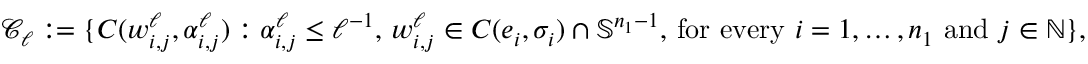
\mathscr { C } _ { \ell } : = \{ C ( w _ { i , j } ^ { \ell } , \alpha _ { i , j } ^ { \ell } ) : \alpha _ { i , j } ^ { \ell } \leq \ell ^ { - 1 } , \, w _ { i , j } ^ { \ell } \in C ( e _ { i } , \sigma _ { i } ) \cap \mathbb { S } ^ { n _ { 1 } - 1 } , \, \mathrm { f o r ~ e v e r y ~ } i = 1 , \ldots , n _ { 1 } \mathrm { ~ a n d ~ } j \in \mathbb { N } \} ,